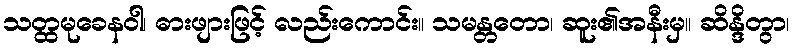
သတ္ထမုခေနဝါ၊ ဓားဖျားဖြင့် လည်းကောင်း။ သမန္တတော၊ ဆူး၏အနီးမှ။ ဆိန္ဒိတွာ၊